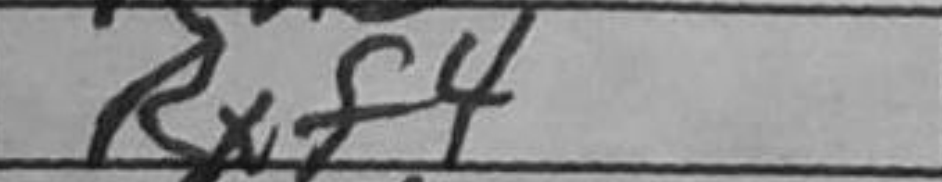
Transcription: Rxf4